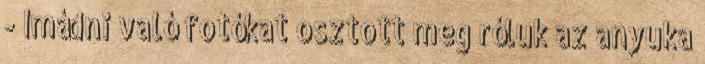
- Imádni való fotókat osztott meg róluk az anyuka